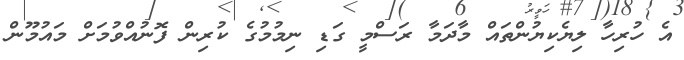
އެ ހުރިހާ ލިޔެކިޔުންތައް މާދަމާ ރަސްމީ ގަޑި ނިމުމުގެ ކުރިން ފޮނުއްވުމަށް މައުމޫން